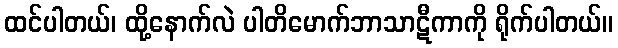
ထင်ပါတယ်၊ ထို့နောက်လဲ ပါတိမောက်ဘာသာဋီကာကို ရိုက်ပါတယ်။